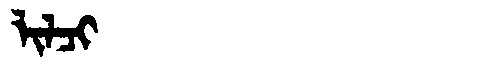
Manchu: ᠯᡳᠯᠴᡳ
Romanization: LILCI